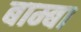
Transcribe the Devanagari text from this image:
बाम्बा